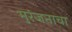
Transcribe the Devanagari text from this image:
मुरंजनाचा